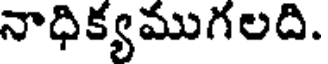
నాధిక్యముగలది.